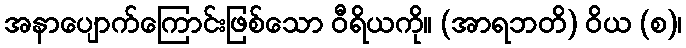
အနာပျောက်ကြောင်းဖြစ်သော ဝီရိယကို။ (အာရဘတိ) ဝိယ (စ)၊